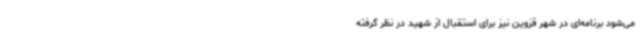
می‌شود برنامه‌ای در شهر قزوین نیز برای استقبال از شهید در نظر گرفته